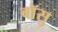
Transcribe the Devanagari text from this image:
बॉसु